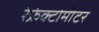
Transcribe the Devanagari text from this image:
रेफ्रेक्टोमीटर